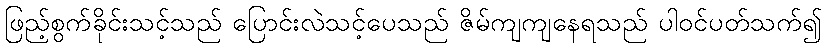
ဖြည့်စွက်ခိုင်းသင့်သည် ပြောင်းလဲသင့်ပေသည် ဇိမ်ကျကျနေရသည် ပါဝင်ပတ်သက်၍